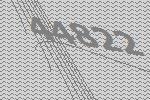
44822